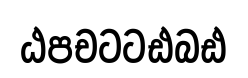
ඨපචටටඪබඪ